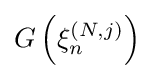
G\left(\xi _{n}^{(N,j)}\right)